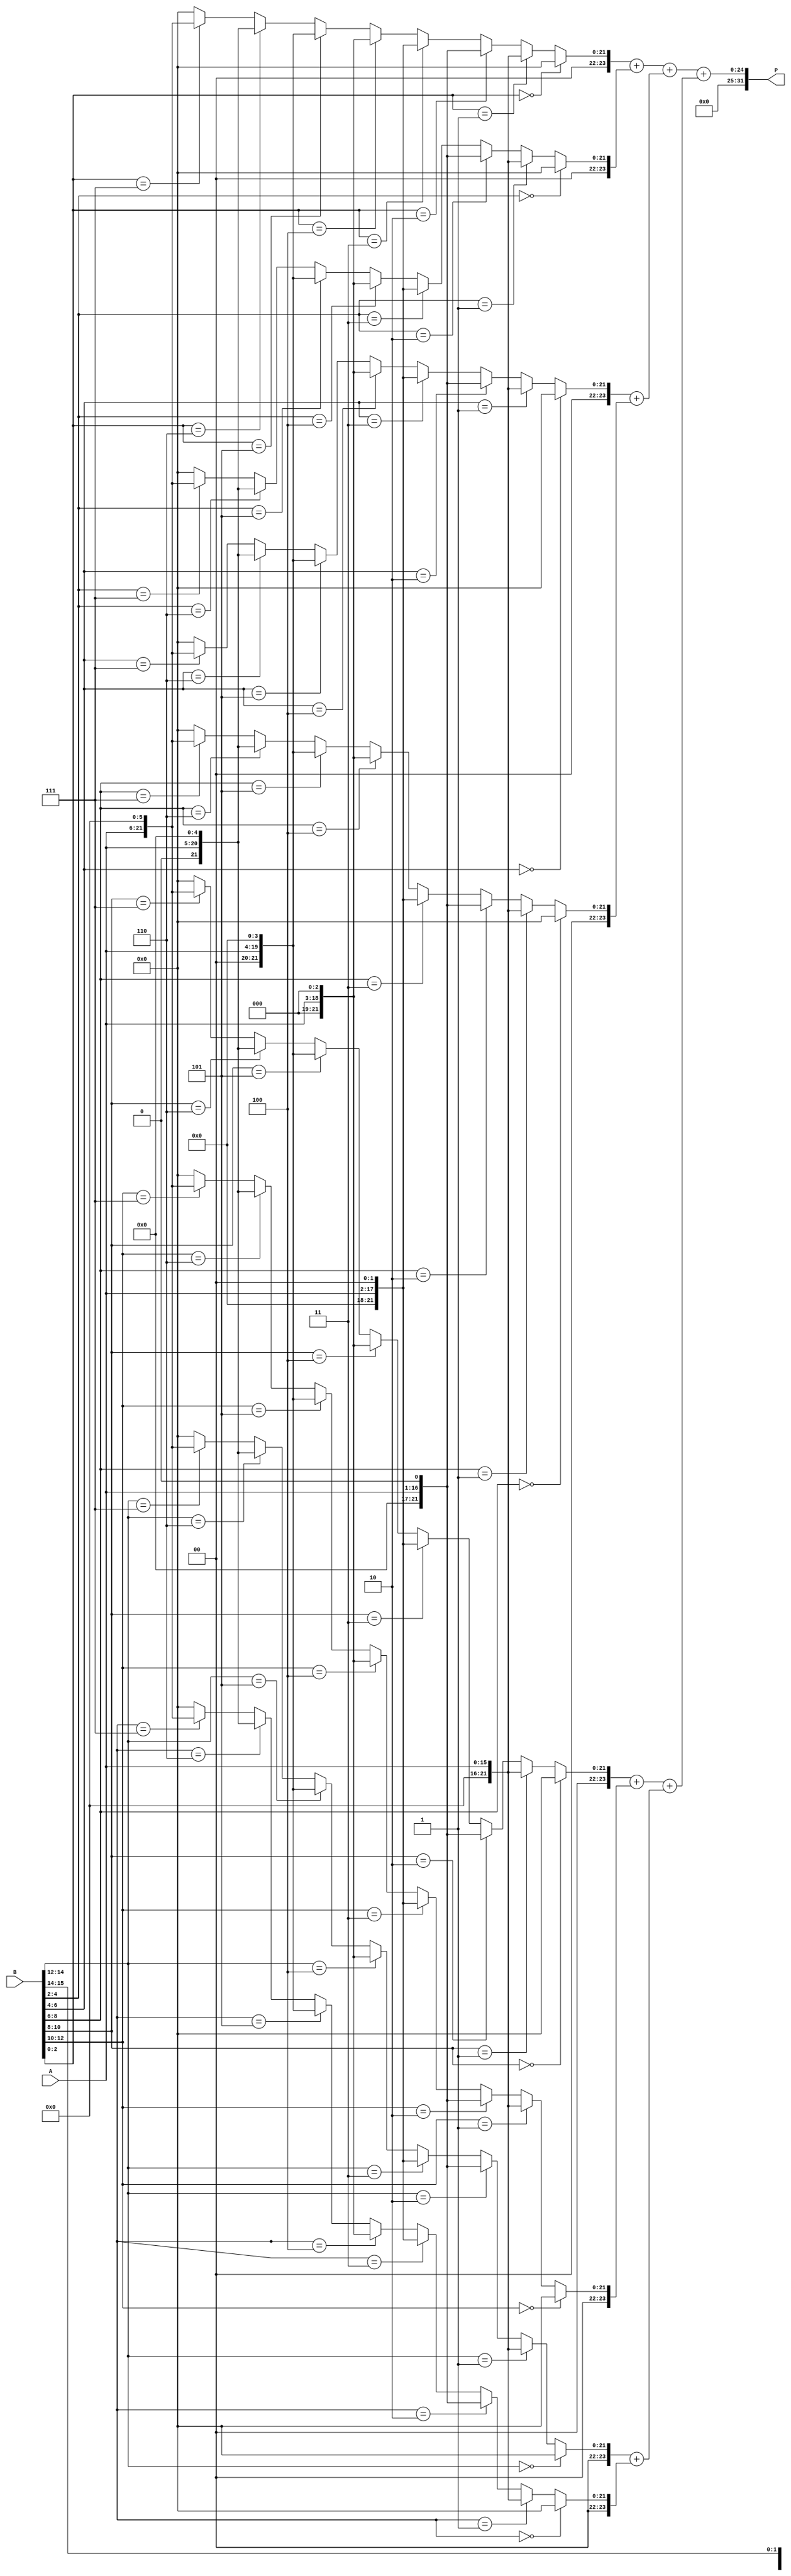
module radix8_wallace_multiplier (
    input [15:0] A, // Multiplicand
    input [15:0] B, // Multiplier
    output [31:0] P // Product
);
    wire [23:0] pp [0:7]; // Partial products
    wire [23:0] sum [0:7]; // Sums for reduction
    wire [23:0] carry [0:7]; // Carries for reduction

    // Generate partial products
    genvar i, j;
    generate
        for (i = 0; i < 8; i = i + 1) begin : pp_gen
            assign pp[i] = (B[i*2 +: 3] == 3'b000) ? 24'b0 :
                           (B[i*2 +: 3] == 3'b001) ? {8'b0, A} :
                           (B[i*2 +: 3] == 3'b010) ? {7'b0, A, 1'b0} :
                           (B[i*2 +: 3] == 3'b011) ? {6'b0, A, 2'b0} :
                           (B[i*2 +: 3] == 3'b100) ? {5'b0, A, 3'b0} :
                           (B[i*2 +: 3] == 3'b101) ? {4'b0, A, 4'b0} :
                           (B[i*2 +: 3] == 3'b110) ? {3'b0, A, 5'b0} :
                           (B[i*2 +: 3] == 3'b111) ? {2'b0, A, 6'b0} : 24'b0;
        end
    endgenerate

    // Reduction stage 1
    wire [23:0] r1 [0:3];
    wire [23:0] r1_carry [0:3];
    for (i = 0; i < 4; i = i + 1) begin : reduce1
        assign {r1_carry[i], r1[i]} = pp[i*2] + pp[i*2 + 1];
    end

    // Reduction stage 2
    wire [23:0] r2 [0:1];
    wire [23:0] r2_carry [0:1];
    for (i = 0; i < 2; i = i + 1) begin : reduce2
        assign {r2_carry[i], r2[i]} = r1[i*2] + r1[i*2 + 1];
    end

    // Final reduction
    assign {carry[0], P} = r2[0] + r2[1];

endmodule